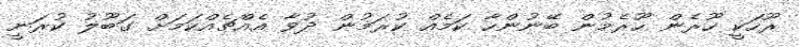
ރޫހަކީ ހޫރެން ހޫރެމުން ބޭނުންހާ ކަމެއް ކުރަމުން ދުވާ އެއްޗެއްކަމަށް ގަބޫލު ކުރަނީ